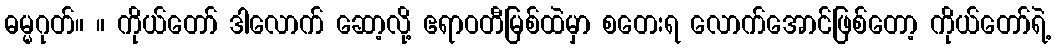
ဓမ္မဂုတ်။ ။ ကိုယ်တော် ဒါလောက် ဆော့လို့ ဧရာဝတီမြစ်ထဲမှာ စတေးရ လောက်အောင်ဖြစ်တော့ ကိုယ်တော်ရဲ့